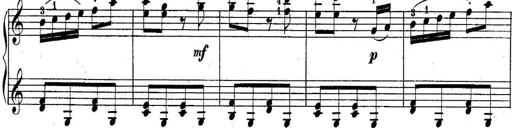
Title: 10 Sonatines progressives
Composer: Anton Schmoll